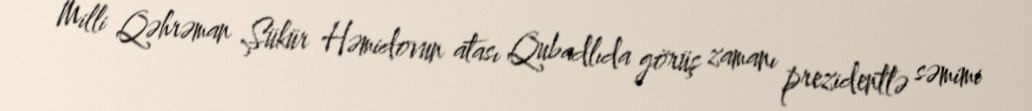
Milli Qəhrəman Şükür Həmidovun atası Qubadlıda görüş zamanı prezidentlə səmimi